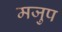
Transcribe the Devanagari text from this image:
मजुप